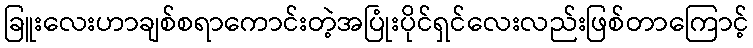
ခြူးလေးဟာချစ်စရာကောင်းတဲ့အပြုံးပိုင်ရှင်လေးလည်းဖြစ်တာကြောင့်